Report of the Indian Hemp Drugs Commission, 1894-1895 - Volume VII
Year: 1894
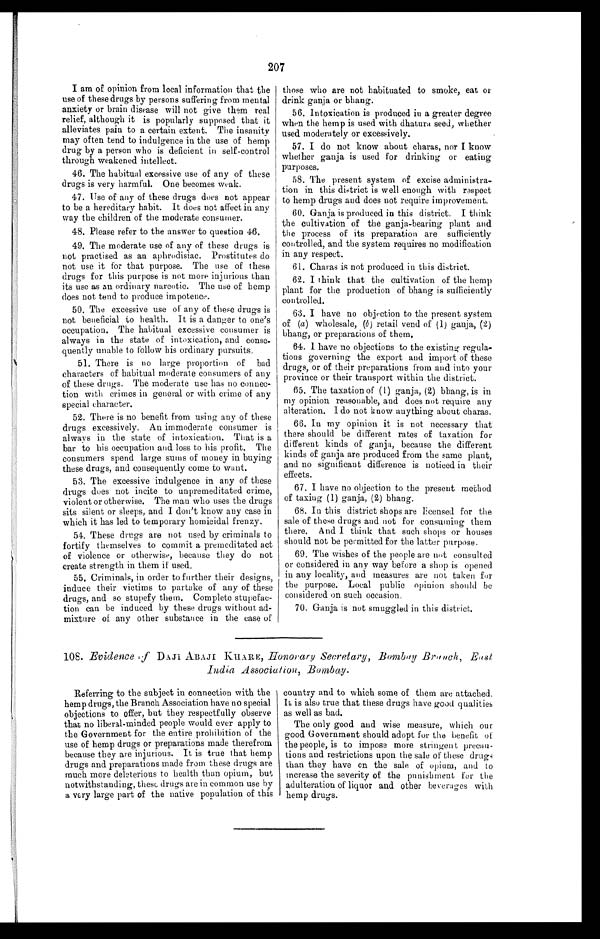
207
I am of opinion from local information that the
use of these drugs by persons suffering from mental
anxiety or brain disease will not give them real
relief, although it is popularly supposed that it
alleviates pain to a certain extent. The insanity
may often tend to indulgence in the use of hemp
drug by a person who is deficient in self-control
through weakened intellect.
46. The habitual excessive use of any of these
drugs is very harmful. One becomes weak.
47. Use of any of these drugs does not appear
to be a hereditary habit. It does not affect in any
way the children of the moderate consumer.
48. Please refer to the answer to question 46.
49. The moderate use of any of these drugs is
not practised as an aphrodisiac. Prostitutes do
not use it for that purpose. The use of these
drugs for this purpose is not more injurious than
its use as an ordinary narcotic. The use of hemp
does not tend to produce impotence.
50. The excessive use of any of these drugs is
not beneficial to health. It is a danger to one's
occupation. The habitual excessive consumer is
always in the state of intoxication, and conse-
quently unable to follow his ordinary pursuits.
51. There is no large proportion of bad
characters of habitual moderate consumers of any
of these drugs. The moderate use has no connec-
tion with crimes in general or with crime of any
special character.
52. There is no benefit from using any of these
drugs excessively. An immoderate consumer is
always in the state of intoxication. That is a
bar to his occupation and loss to his profit. The
consumers spend large sums of money in buying
these drugs, and consequently come to want.
53. The excessive indulgence in any of these
drugs does not incite to unpremeditated crime,
violent or otherwise. The man who uses the drugs
sits silent or sleeps, and I don't know any case in
which it has led to temporary homicidal frenzy.
54. These drugs are not used by criminals to
fortify themselves to commit a premeditated act
of violence or otherwise, because they do not
create strength in them if used.
55. Criminals, in order to further their designs,
induce their victims to partake of any of these
drugs, and so stupefy them. Complete stupefac-
tion can be induced by these drugs without, ad-
mixture of any other substance in the case of
those who are not habituated to smoke, eat or
drink ganja or bhang.
56. Intoxication is produced in a greater degree
when the hemp is used with dhatura seed, whether
used moderately or excessively.
57. I do not know about charas, nor I know
whether ganja is used for drinking or eating
purposes.
58. The present system of excise administra-
tion in this district is well enough with respect
to hemp drugs and does not require improvement.
60. Ganja is produced in this district. I think
the cultivation of the ganja-bearing plant and
the process of its preparation are sufficiently
controlled, and the system requires no modification
in any respect.
61. Charas is not produced in this district.
62. I think that the cultivation of the hemp
plant for the production of bhang is sufficiently
controlled.
63. I have no objection to the present system
of (a) wholesale, (b ) retail vend of (1) ganja, (2)
bhang, or preparations of them,
64. I have no objections to the existing regula-
tions governing the export and import of these
drugs, or of their preparations from and into your
province or their transport within the district.
65. The taxation of (1) ganja, (2) bhang, is in
my opinion reasonable, and does not require any
alteration. I do not know anything about charas.
66.
In my opinion it is not necessary that
there should be different rates of taxation for
different kinds of ganja, because the different
kinds of ganja are produced from the same plant,
and no significant difference is noticed in their
effects.
67. I have no objection to the present method
of taxing (1) ganja, (2) bhang.
68. In this district shops are licensed for the
sale of these drugs and not for consuming them
there. And I think that such shops or houses
should not be permitted for the latter purpose.
69. The wishes of the people are not consulted
or considered in any way before a shop is opened
in any locality, and measures are not taken for
the purpose. Local public opinion should be
considered on such occasion.
70. Ganja is not smuggled in this district.
108. Evidence of DAJI ABAJI KHARE, Honorary Secretary, Bombay Branch, East
India Association, Bombay.
Referring to the subject in connection with the
hemp drugs, the Branch Association have no special
objections to offer, but they respectfully observe
that no liberal-minded people would ever apply to
the Government for the entire prohibition of the
use of hemp drugs or preparations made therefrom
because they are injurious. It is true that hemp
drugs and preparations made from these drugs are
much more deleterious to health than opium, but
notwithstanding, these, drugs are in common use by
a very large part of the native population of this
country and to which some of them are attached.
It is also true that these drugs have good qualities
as well as bad.
The only good and wise measure, which our
good Government should adopt for the benefit of
the people, is to impose more stringent precau-
tions and restrictions upon the sale of these drugs
than they have on the sale of opium, and to
increase the severity of the punishment for the
adulteration of liquor and other beverages with
hemp drugs.